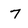
Character: 7